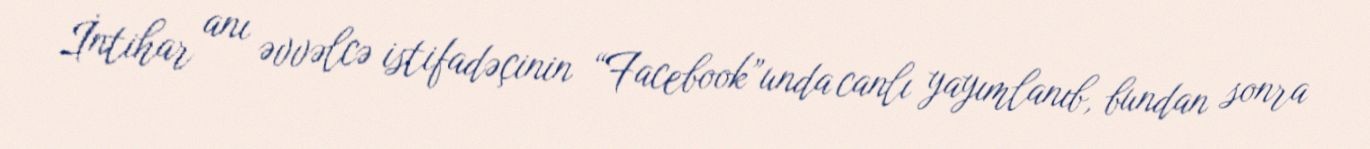
İntihar anı əvvəlcə istifadəçinin “Facebook”unda canlı yayımlanıb, bundan sonra